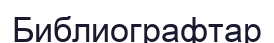
Библиографтар